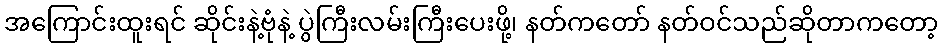
အကြောင်းထူးရင် ဆိုင်းနဲ့ဗုံနဲ့ ပွဲကြီးလမ်းကြီးပေးဖို့၊ နတ်ကတော် နတ်ဝင်သည်ဆိုတာကတော့